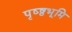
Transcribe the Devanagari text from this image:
पृष्ष्ठभूमि